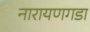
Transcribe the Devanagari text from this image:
नारायणगडा